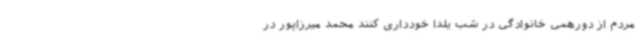
مردم از دورهمی‌ خانوادگی در شب یلدا خودداری کنند محمد میرزاپور در